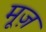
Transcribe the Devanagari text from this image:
मूज़